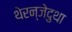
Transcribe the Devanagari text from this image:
थेरन्जेदुथा